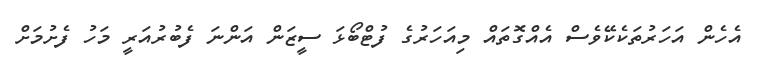
އެހެން އަހަރުތަކެކޭވެސް އެއްގޮތައް މިއަހަރުގެ ފުޓްބޯޅަ ސީޒަން އަންނަ ފެބުރުއަރީ މަހު ފެށުމަށް